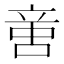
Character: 𠶷